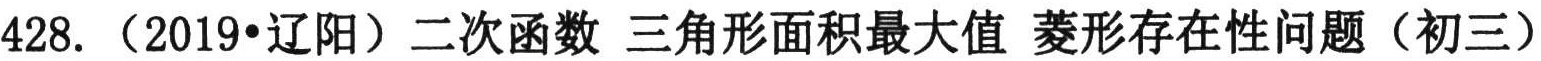
428.（2019•辽阳）二次函数 三角形面积最大值 菱形存在性问题（初三）